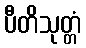
ပီတိသုတ္တံ